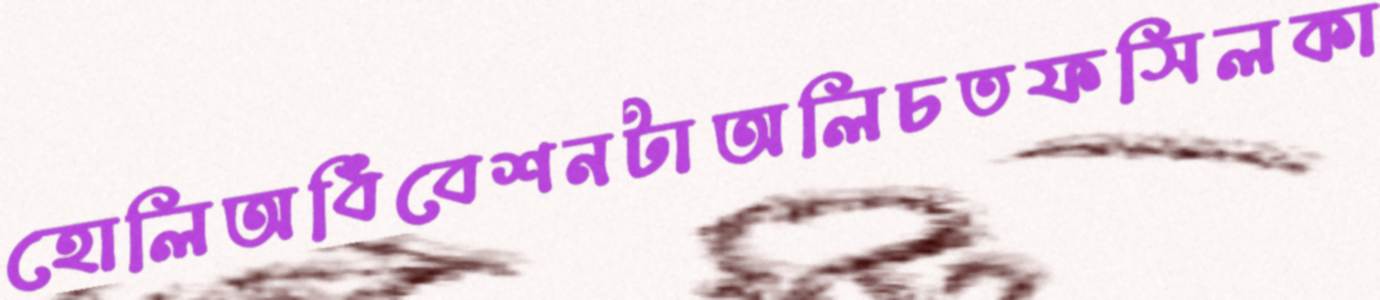
হোলিঅধিবেশনটাঅলিচতফসিলকা